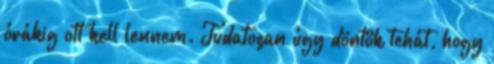
órákig ott kell lennem. Tudatosan úgy döntök tehát, hogy